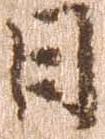
日